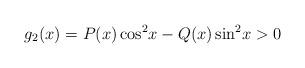
LaTeX: \begin{align*}g_{2}(x) = P(x)\cos^2\!x - Q(x)\sin^2\!x > 0\end{align*}